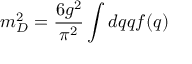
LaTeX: m _ { D } ^ { 2 } = \frac { 6 g ^ { 2 } } { \pi ^ { 2 } } \int d q q f ( q )